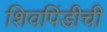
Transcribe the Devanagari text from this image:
शिवपिंडीची